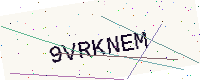
Text: 9VRKNEM